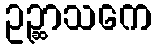
ဥဉ္ဆာသကေ